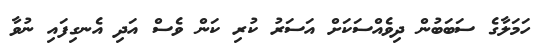
ހަމަލާގެ ސަބަބުން ދިވެއްސަކަށް އަސަރު ކުރި ކަން ވެސް އަދި އެނގިފައި ނުވާ